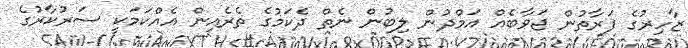
ޒާހިރުގެ ފަރާތުން ޖަވާބެއް އަމްދުން ލިބުން ނެތް ދެކަމުގެ ތެރެއިން އެއްކަމަކީ ސަރުކާރުގެ